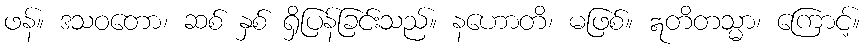
ဖန်။ ဒသဝတော၊ ဆစ် နှစ် ရှိပြန်ခြင်းသည်။ နဟောတိ၊ မဖြစ်။ ဣတိတသ္မာ၊ ကြောင့်။